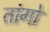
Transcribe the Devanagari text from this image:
तांगो